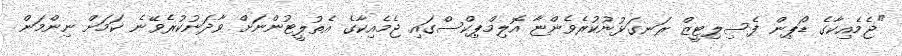
"ޖެމެއިކާގެ ޑޯޕިން ފެސިލިޓީޒް ރަނގަޅުނުކުރެވެންޏާ އޮލިމްޕިކްސްގައި ޖެމެއިކާގެ އެތުލީޓުންނަށް ވާދަނުކުރެވޭނެ ކަމަށް ނިންމަން